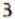
3